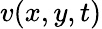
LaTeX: v(x,y,t)